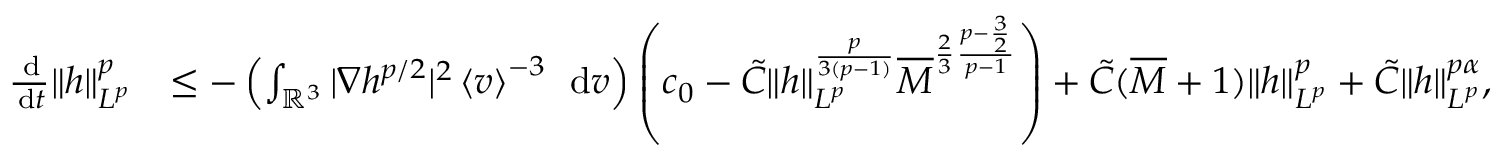
\begin{array} { r l } { \frac { \, \mathrm { d } } { \, \mathrm { d } t } \| h \| _ { L ^ { p } } ^ { p } } & { \le - \left( \int _ { \ensuremath { { \mathbb R } } ^ { 3 } } | \nabla h ^ { p / 2 } | ^ { 2 } \left\langle v \right\rangle ^ { - 3 } \; \, \mathrm { d } v \right) \left( c _ { 0 } - \tilde { C } \| h \| _ { L ^ { p } } ^ { \frac { p } { 3 ( p - 1 ) } } \overline { { M } } ^ { \frac { 2 } { 3 } \frac { p - \frac { 3 } { 2 } } { p - 1 } } \right) + \tilde { C } ( \overline { { M } } + 1 ) \| h \| _ { L ^ { p } } ^ { p } + \tilde { C } \| h \| _ { L ^ { p } } ^ { p \alpha } , } \end{array}